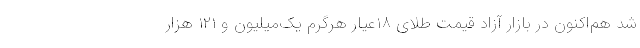
شد هم‌اکنون در بازار آزاد قیمت طلای ۱۸عیار هرگرم یک‌میلیون و ۱۲۱ هزار